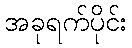
အခုရက်ပိုင်း